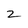
Character: 2